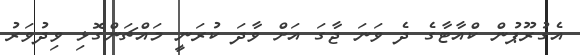
އެގުރޫޕުން ކްއާޓާގެ ދެ ވަނަ ޖާގަ އަށް ވާދަ ކުރަނީ މައްޗަންގޮޅި ވިދުވަރު